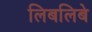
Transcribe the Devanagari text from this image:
लिबलिबे